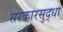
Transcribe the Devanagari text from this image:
सरकारसुद्धा